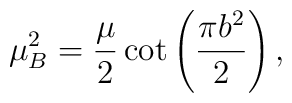
\mu _{B}^{2}=\frac{\mu }{2}\cot \left( \frac{\pi b^{2}}{2}\right) ,